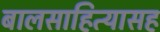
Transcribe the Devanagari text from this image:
बालसाहित्यासह